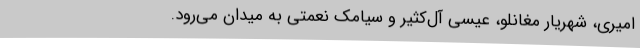
امیری، شهریار مغانلو، عیسی آل‌کثیر و سیامک نعمتی به میدان می‌رود.